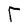
Character: T